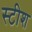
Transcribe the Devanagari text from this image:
स्टीश